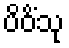
ပိဝိံသု